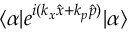
\langle \alpha | e ^ { i ( k _ { x } \hat { x } + k _ { p } \hat { p } ) } | \alpha \rangle